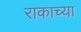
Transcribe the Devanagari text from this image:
राकाच्या